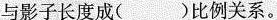
与影子长度成()比例关系。